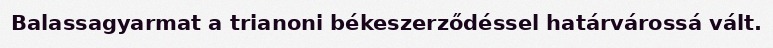
Balassagyarmat a trianoni békeszerződéssel határvárossá vált.